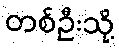
တစ်ဦးသို့